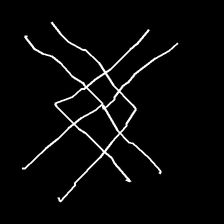
Glyph: crystal